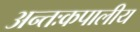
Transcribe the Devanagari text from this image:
अन्तःकपालीय